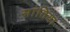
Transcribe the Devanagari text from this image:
सांतिया